Report on horse surra - Volume I
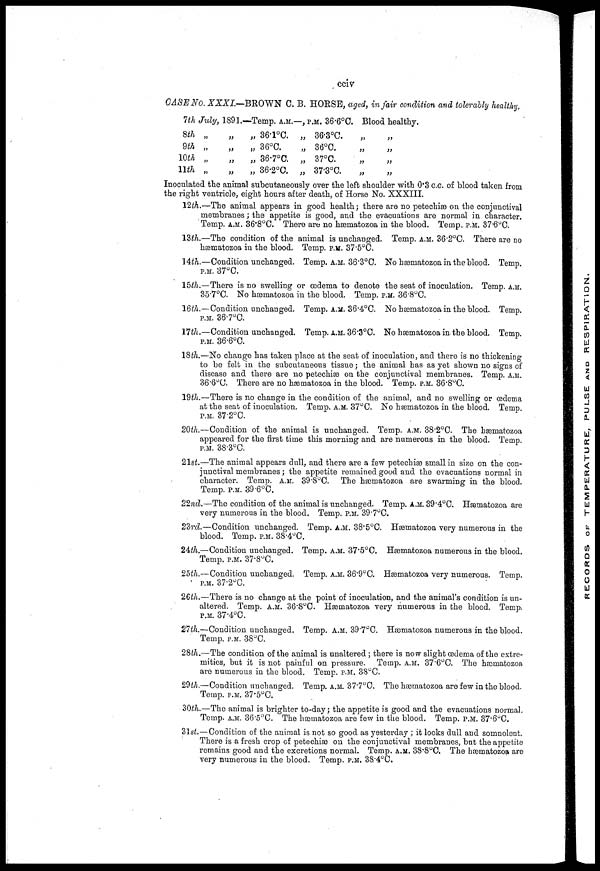
cciv
CASE No. XXXI.—BROWN C. B. HORSE, aged, in fair condition and tolerably healthy.
7th July,
8th „
9th „
10th „
11 th „
1891.
„
„
„
„
—Temp. A.M.
„ 36.1°C.
„ 36°C.
„ 36.7°C.
„ 36.2°C.
—, P.M. 36.6°C.
„ 36.3°C.
„ 36°C.
„ 37°C.
„ 37.3°C.
Blood healthy.
„
„
„
„
„
„
„
„
Inoculated the animal subcutaneously over the left shoulder with 0.3 c.c. of blood taken from
the right ventricle, eight hours after death, of Horse No. XXXIII.
12th.—The animal appears in good health; there are no petechiæ on the conjunctival
membranes; the appetite is good, and the evacuations are normal in character.
Temp. A.M. 36.8°C. There are no hæmatozoa in the blood. Temp. P.M. 37.6°C.
13th.—The condition of the animal is unchanged. Temp. A.M. 36.2°C. There are no
hæmatozoa in the blood. Temp. P.M. 37.5°C.
14th.—Condition unchanged. Temp. A.M. 36.3°C. No hæmatozoa in the blood. Temp.
P.M. 37°C.
15th.—There is no swelling or œdema to denote the seat of inoculation. Temp. A.M.
35.7°C. No hæmatozoa in the blood. Temp. P.M. 36.8°C.
16th.—Condition unchanged. Temp. A.M. 36.4°C. No hæmatozoa in the blood. Temp.
P.M. 36.7°C.
17th.—Condition unchanged. Temp. A.M. 36.3°C. No hæmatozoa in the blood. Temp.
P.M. 36.6°C.
18th.—No change has taken place at the seat of inoculation, and there is no thickening
to be felt in the subcutaneous tissue; the animal has- as yet shown no signs of
disease and there are no petechiæ on the conjunctival membranes. Temp. A.M.
36 . 6°C. There are no hæmatozoa in the blood. Temp. P.M. 36.8°C.
19th.—There is no change in the condition of the animal, and no swelling or œdema
at the seat of inoculation. Temp. A.M. 37°C. No hæmatozoa in the blood. Temp.
P.M. 37.2°C.
20th.—Condition of the animal is unchanged. Temp. A.M. 38.2°C. The hæmatozoa
appeared for the first time this morning and are numerous in the blood. Temp.
P.M. 38.3°C.
21st.—The animal appears dull, and there are a few petechiæ small in size on the con-
junctival membranes; the appetite remained good and the evacuations normal in
character. Temp. A.M. 39 . 8°C. The hæmatozoa are swarming in the blood.
Temp. P.M. 39.6°C.
22nd.—The condition of the animal is unchanged. Temp. A.M. 39 . 4°C. Hæmatozoa are
very numerous in the blood. Temp. P.M. 39.7°C.
23rd.—Condition unchanged. Temp. A.M. 38.5°C. Hæmatozoa very numerous in the
blood. Temp. P.M. 38.4°C.
24th.—Condition unchanged. Temp. A.M. 37.5°C. Hæmatozoa numerous in the blood.
Temp. P.M. 37.8°C.
25th.—Condition unchanged. Temp. A.M. 36.9°C. Hæmatozoa very numerous. Temp.
P.M. 37.2°C.
26th.—There is no change at the point of inoculation, and the animal's condition is un-
altered. Temp. A.M. 36 . 8°C. Hæmatozoa very numerous in the blood. Temp.
P.M. 37.4°C.
27th.—Condition unchanged. Temp. A.M. 39.7°C. Hæmatozoa numerous in the blood.
Temp. P.M. 38°C.
28th.—The condition of the animal is unaltered; there is now slight œdema of the extre-
mities, but it is not painful on pressure. Temp. A.M. 37.6°C. The hæmatozoa
are numerous in the blood. Temp. P.M. 38°C.
29th.—Condition unchanged. Temp. A.M. 37.7°C. The hæmatozoa are few in the blood.
Temp. P.M. 37.5°C.
30th.—The animal is brighter to-day; the appetite is good and the evacuations normal.
Temp. A.M. 36 . 5°C. The hæmatozoa are few in the blood. Temp. P.M. 37 . 6°C.
31st.—Condition of the animal is not so good as yesterday; it looks dull and somnolent.
There is a fresh crop of petechiæ on the conjunctival membranes, but the appetite
remains good and the excretions normal. Temp. A.M. 38.8°C. The hæmatozoa are
very numerous in the blood. Temp. P.M. 38.4°C.